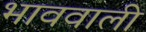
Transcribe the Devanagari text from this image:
भाववाली